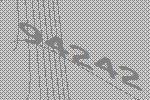
94242